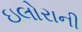
ઇલોરાની